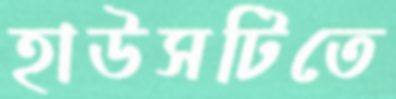
হাউসটিতে